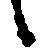
候